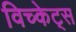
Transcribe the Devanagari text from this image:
विच्केट्स